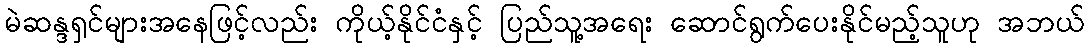
မဲဆန္ဒရှင်များအနေဖြင့်လည်း ကိုယ့်နိုင်ငံနှင့် ပြည်သူ့အရေး ဆောင်ရွက်ပေးနိုင်မည့်သူဟု အဘယ်